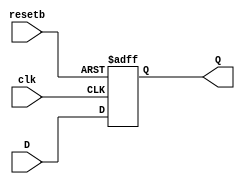
/* D-flip-flop module */

module dff(Q, D, clk, resetb);
    input D, resetb, clk;
    output reg Q;

    always @(posedge clk or negedge resetb) 
    begin
        if (~resetb) Q <= 1'b0;
        else Q <= D;
    end
endmodule // dff


module thirtyTwoBitDFF(Q, D, clk, resetb);
    input [31:0] D;
    input resetb, clk;
    output [31:0] Q;

    genvar j;

    generate for (j = 0; j < 32; j = j+1) begin: regLoop
        dff idff(Q[j], D[j], clk, resetb);
        end
    endgenerate
endmodule // thirtyTwoBitDFF